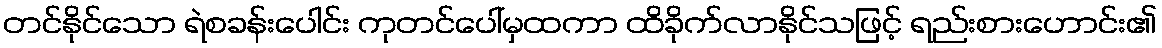
တင်နိုင်သော ရဲစခန်းပေါင်း ကုတင်ပေါ်မှထကာ ထိခိုက်လာနိုင်သဖြင့် ရည်းစားဟောင်း၏